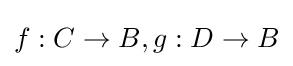
f:C\to B,g:D\to B